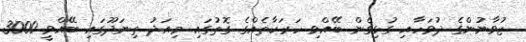
ޒުވާނުންގެ ދުވަހާއި ގުޅިގެން ބޭއްވި ހަރަކާތެއްގެ ގޮތުގައި މިއަދު ތިނަދޫގައި ބޭއްވީ 3000